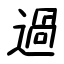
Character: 過